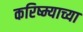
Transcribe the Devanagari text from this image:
करिष्म्याच्या